Annual administration report of the Civil Veterinary Department of India - 1896-1897
Year: 1896
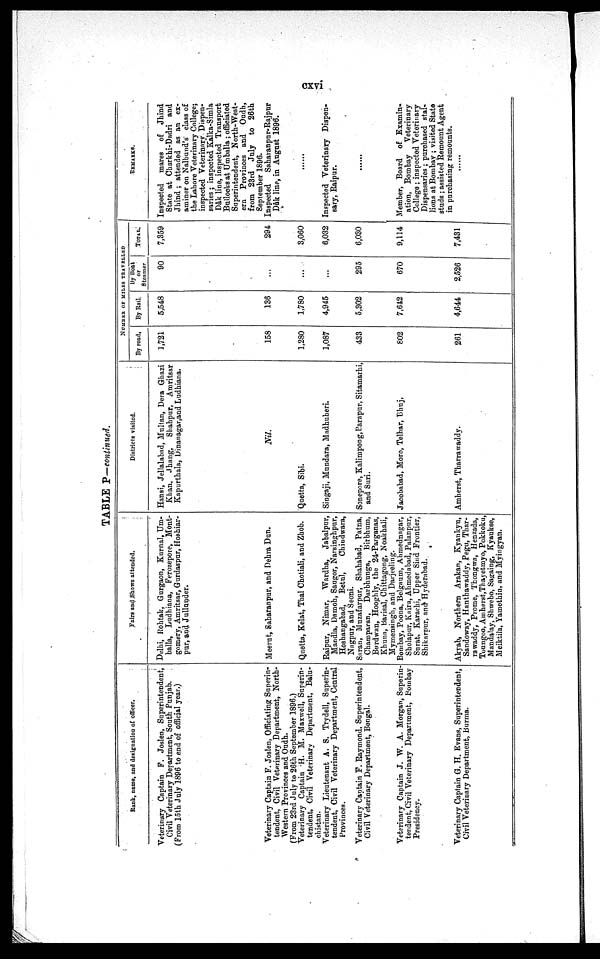
cxvi
TABLE P—continued.
Rank, name, and designation of officer.
Veterinary Captain P. Joslen, Superintendent,
Civil Veterinary Department, South Punjab.
(From loth July 1896 to end of official year.)
Veterinary Captain F. Joslen, Officiating Superin-
tendent, Civil Veterinary Department, North-
Western Provinces and Oudh.
(From 23rd July to 26th September 1896.)
Veterinary Captain H. M. Maxwell, Superin-
tendent, Civil Veterinary Department, Balu-
chistan.
Veterinary Lieutenant A. S. Trydell, Superin-
tendent, Civil Veterinary Department, Central
Provinces.
Veterinary Captain F. Raymond, Superintendent,
Civil Veterinary Department, Bengal.
Veterinary Captain J. W. A. Morgan, Superin-
tendent, Civil Veterinary Department, Bombay
Presidency.
Veterinary Captain G. H. Evans, Superintendent,
Civil Veterinary Department, Burma.
Fairs and Shows attended.
Delhi, Rohtak, Gurgaon, Kurnal, Um-
balla, Ludhiana, Ferozepore, Mont-
gomery, Amritsar, Gurdaspur, Hoshiar-
pur, and Jullander.
Meerut, Saharanpur, and Dehra Dun.
Quetta, Kelat, Thal Chotiali, and Zhob.
Raipur, Nimar, Wardha,
Jabalpur,
Mandla, Damoh, Saugor, Navsinghpur,
Hoshangabad,
Betal,
Chiudwara,
Nagpur, and Seoni.
Saran, Muzafarpur, Shahabad, Patna,
Champaran, Darbhunga,
Birbbum,
Burdwan, Hooghly, the 24-Parganas,
Khuna, Barisal, Chittagong, Noakhali,
Mymensingh, and Darjeeling.
Bombay, Poona, Belgaum, Ahmednagar,
Sholapur, Kaira, Ahmedabad, Palanpur,
Surat, Karachi, Upper Sind Frontier,
Shikarpur, and Hyderabad.
Akyab, Northern Arakan, Kyankyu,
Sandoway, Hanthawaddy, Pegu, Thar-
rawaddy, Prome, Thongwa, Henzada,
Toungoo, Amherst, Thayetmyo, Pokkoku,
Mandalay, Shwebo, Sagaing, Kyaukse,
Meiktila, Yamethin, and Myingyan.
Districts visited.
Hansi, Jellalabad, Multan, Dera Ghazi
Khan, Jhang,
Shahpur, Amritsar
Kapurthala, Dinanagar,and Ludhiana.
Nil.
Quetta, Sibi.
Singaji, Mundara, Madhuberi.
Sonepore, Kalimpong, Parapur, Sitamarhi,
and Suri.
Jacobabad, Moro, Telhar, Bhuj,
Amherst, Tharrawaddy.
NUMBER OF MILES TRAVELLED
By road.
1,721
158
1,280
1,087
433
802
261
By Rail.
5,548
136
1,780
4,945
5,302
7,612
4,644
By Boat
or
Steamer
90
...
...
...
295
670
2,526
TOTAL
7,359
294
3,060
6,032
6,030
9,114
7,431
REMARKS.
Inspected
mares of Jhind
State at Charkhi-Dadri and
Jhind; attended as an ex-
aminer on Nalbund's class of
the Lahore Veterinary College;
inspected Veterinary Dispen-
saries; inspected Kalka-Simla
Dâk line, inspected Transport
Bullocks at Umballa; officiated
Superintendent, North-West-
ern Provinces and Oudh,
from 23rd July to 26th
September 1896.
Inspected
Saharanpur-Rajpur
Dâk line, in August 1896.
......
Inspected Veterinary Dispen-
sary, Raipur.
......
Member, Board of Examin-
ation, Bombay
Veterinary
College; inspected Veterinary
Dispensaries; purchased stal-
lions at Bombay; visited State
studs; assisted Remount Agent
in purchasing remounts.
......